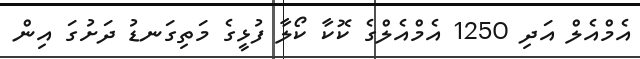
އެމްއެލް އަދި 1250 އެމްއެލްގެ ކޮކާ ކޯލާ ފުޅީގެ މަތިގަނޑު ދަށުގަ އިން